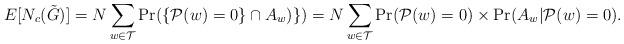
LaTeX: \begin{align*}E[N_c(\tilde{G})] = N \sum_{w \in {\cal T}} \Pr(\{{\cal P}(w)=0\} \cap A_w)\}) = N \sum_{w \in {\cal T}} \Pr({\cal P}(w)=0) \times \Pr(A_w | {\cal P}(w)=0).\end{align*}